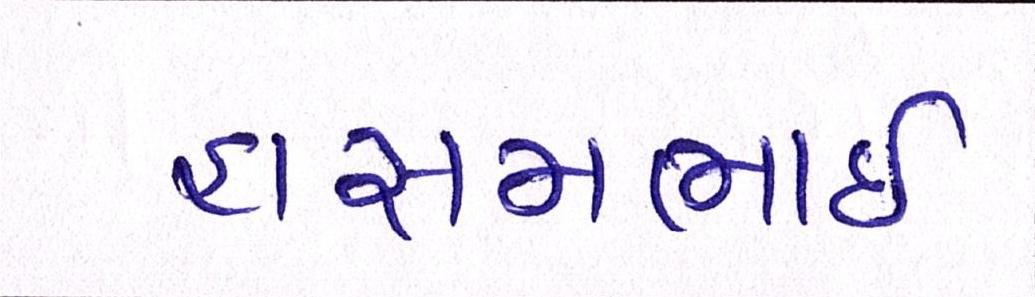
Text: હાસમભાઇ